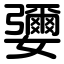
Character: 㜷